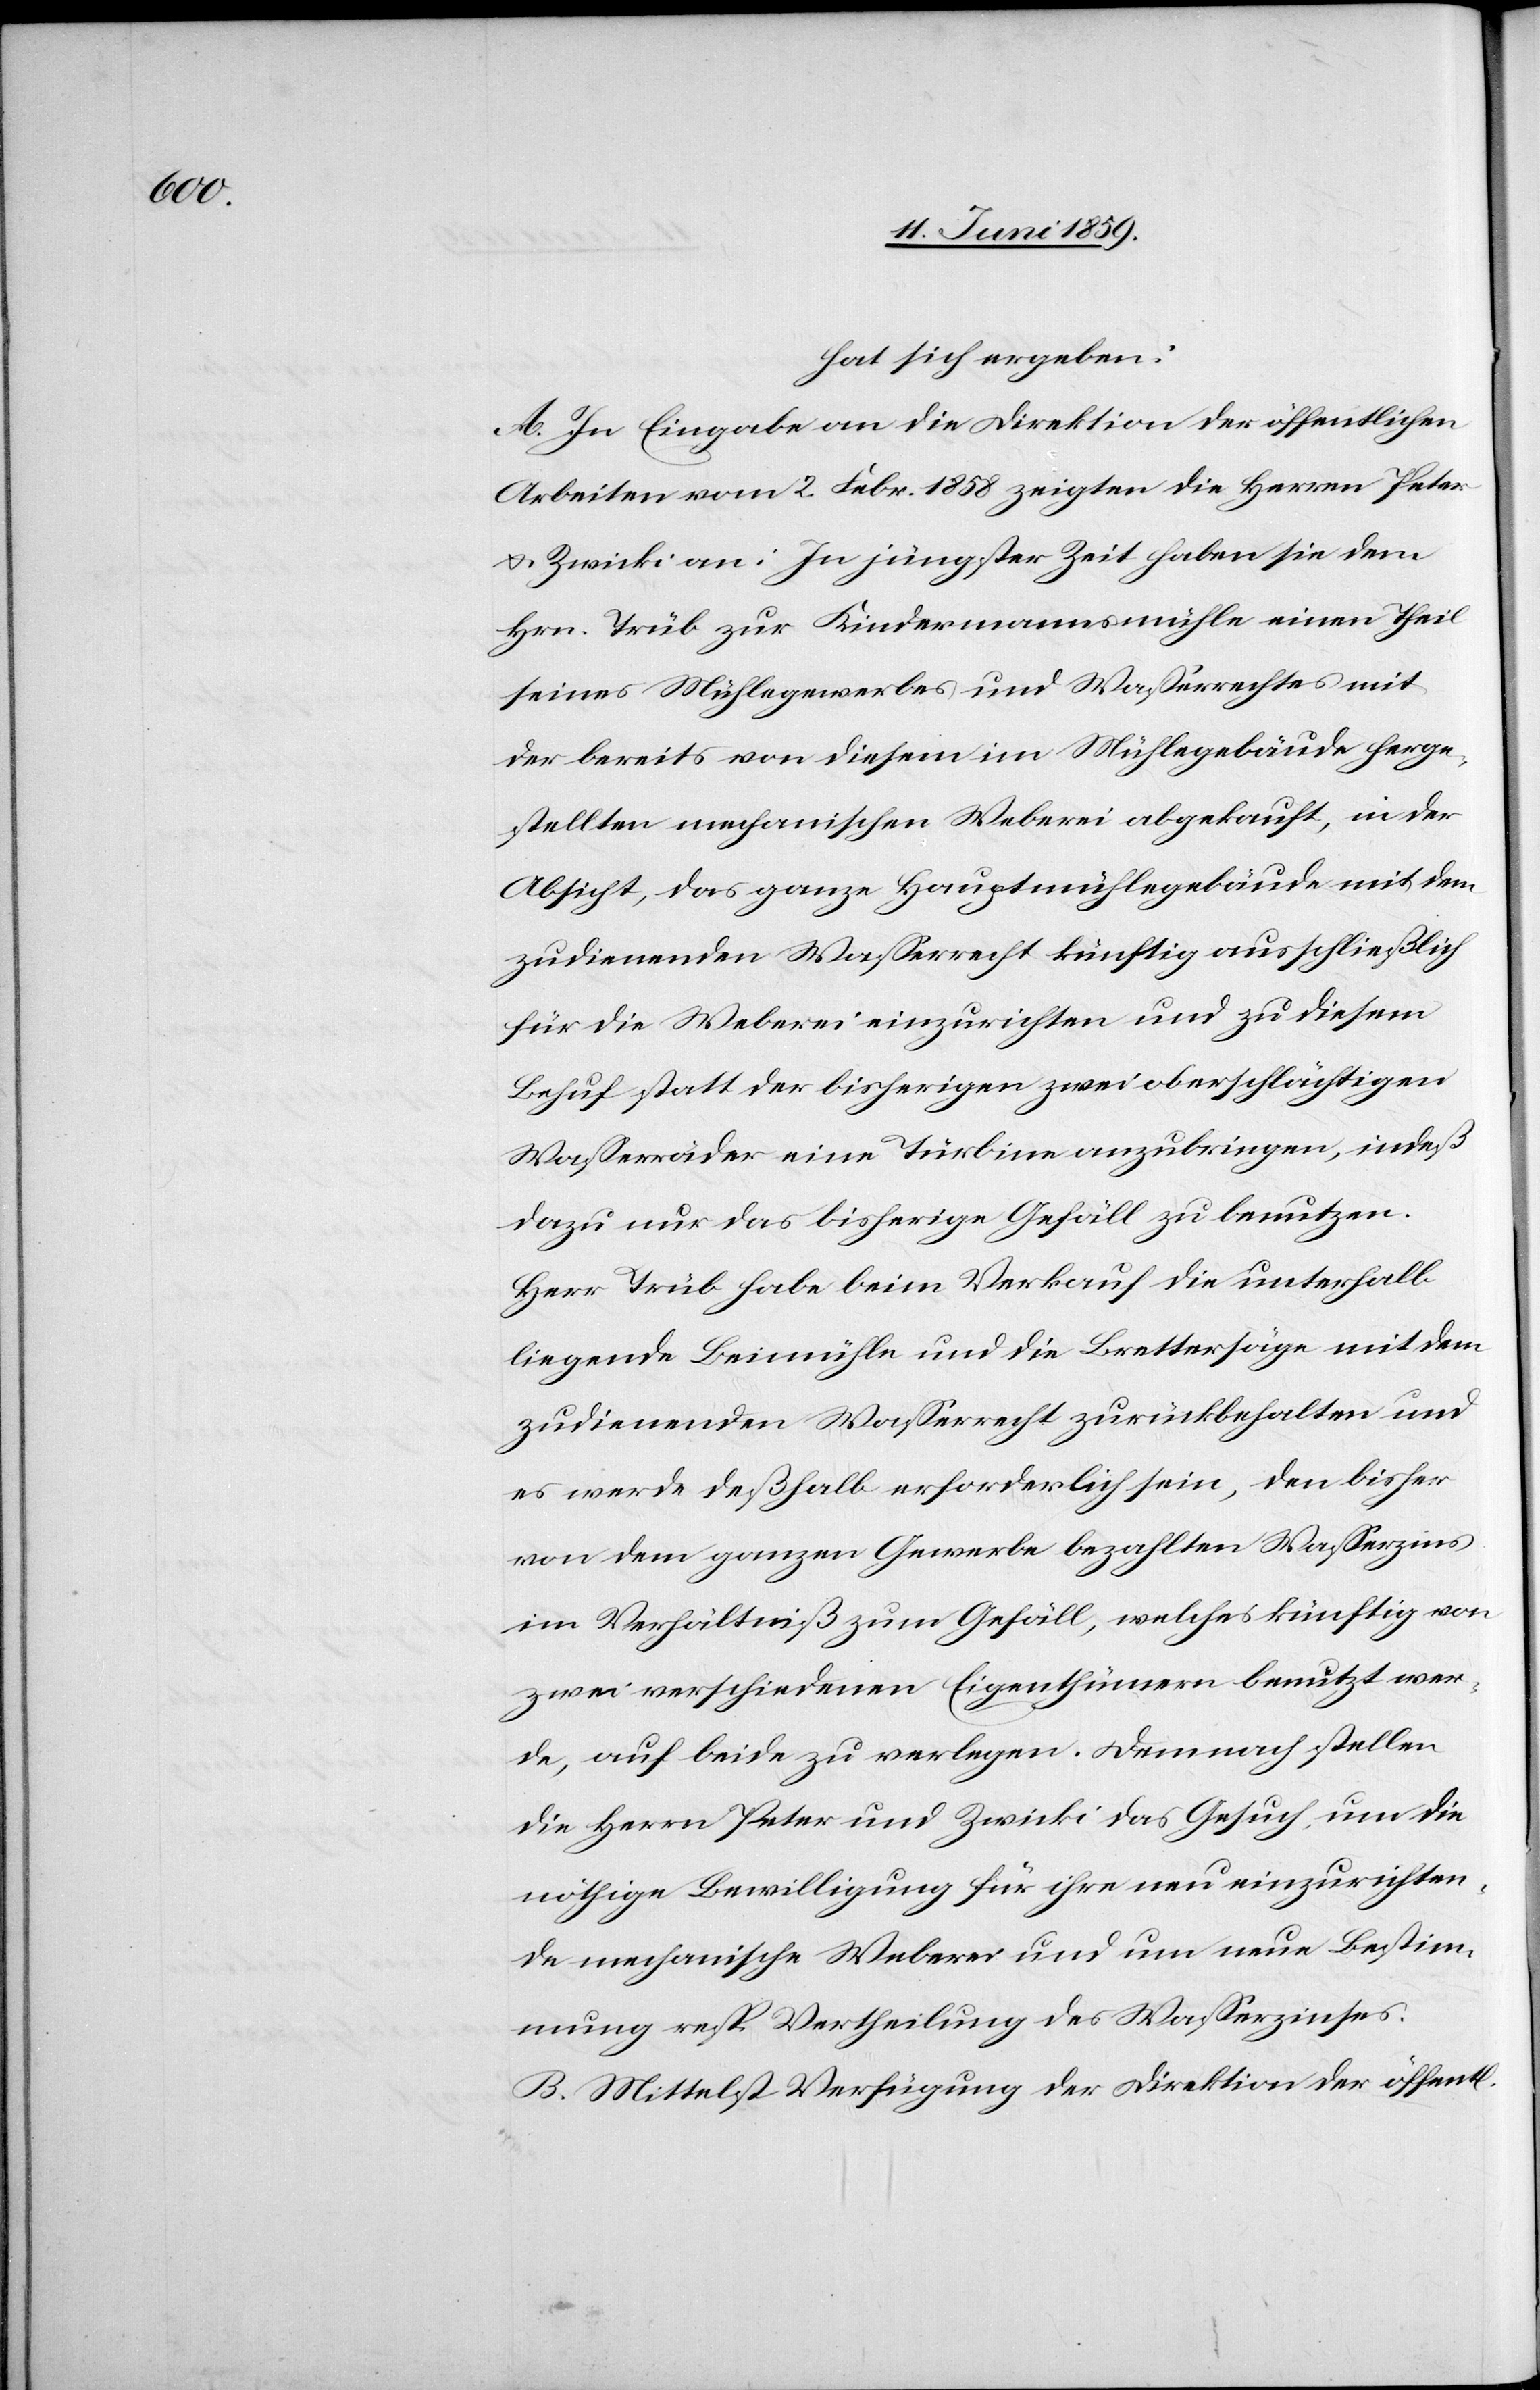
hat sich ergeben:
A. In Eingabe an die Direktion der öffentlichen
Arbeiten vom 2. Febr. 1858 zeigten die Herren Peter
u. Zwicki an: In jüngster Zeit haben sie dem
Hrn. Trüb zur Kindesmannsmühle einen Theil
seines Mühlegewerbes und Waßerrechtes mit
der bereits von diesem im Mühlegebäude herge¬
stellten mechanischen Weberei abgekauft, in der
Absicht, das ganze Hauptmühlegebäude mit dem
zudienenden Wasserrecht künftig ausschließlich
für die Weberei einzurichten und zu diesem
Behuf statt der bisherigen zwei oberschlächtigen
Wasserräder eine Türbine anzubringen, indeß
dazu nur das bisherige Gefäll zu benutzen.
Herr Trüb habe beim Verkauf die unterhalb
liegende Beimühle und die Brettersäge mit dem
zudienenden Wasserrecht zurückbehalten und
es werde deßhalb erforderlich sein, den bisher
von dem ganzen Gewerbe bezahlten Wasserzins
im Verhältniß zum Gefäll, welches künftig von
zwei verschiedenen Eigenthümern benutzt wer¬
de, auf beide zu verlegen. Demnach stellen
die Herrn Peter und Zwicki das Gesuch, um die
nöthige Bewilligung für ihre neu einzurichten¬
de mechanische Weberei und um neue Bestim¬
mung resp Vertheilung des Wasserzinses.
B. Mittelst Verfügung der Direktion der öffentl.